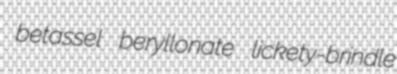
betassel beryllonate lickety-brindle